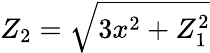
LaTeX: Z_{2}={\sqrt{3x^{2}+Z_{1}^{2}}}